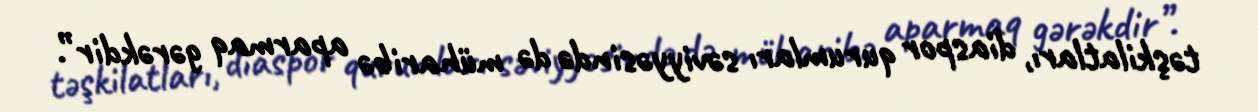
təşkilatları, diaspor qurumları səviyyəsində də müharibə aparmaq gərəkdir”.